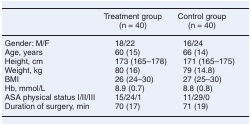
| Treatment group (n = 40) | Control group (n = 40) |
 | --- | --- |
 | Gender: M/F | 18/22 | 16/24 |
 | Age, years | 60 (15) | 66 (14) |
 | Height, cm | 173 (165–178) | 171 (165–175) |
 | Weight, kg | 80 (16) | 79 (14.8) |
 | BMI | 26 (24–30) | 27 (25–30) |
 | Hb, mmol/L | 8.9 (0.7) | 8.8 (0.8) |
 | ASA physical status I/II/III | 15/24/1 | 11/29/0 |
 | Duration of surgery, min | 70 (17) | 71 (19) |